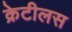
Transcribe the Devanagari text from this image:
क्रेटीलस